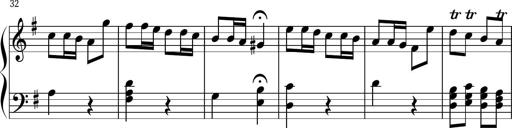
Title: Keyboard Sonatina in G
Composer: Michael Pogudin
Key: G major